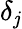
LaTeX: \delta_{\mathit{j}}